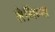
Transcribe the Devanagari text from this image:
लेगिंग्स